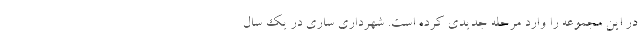
در این مجموعه را وارد مرحله جدیدی کرده است. شهرداری ساری در یک سال